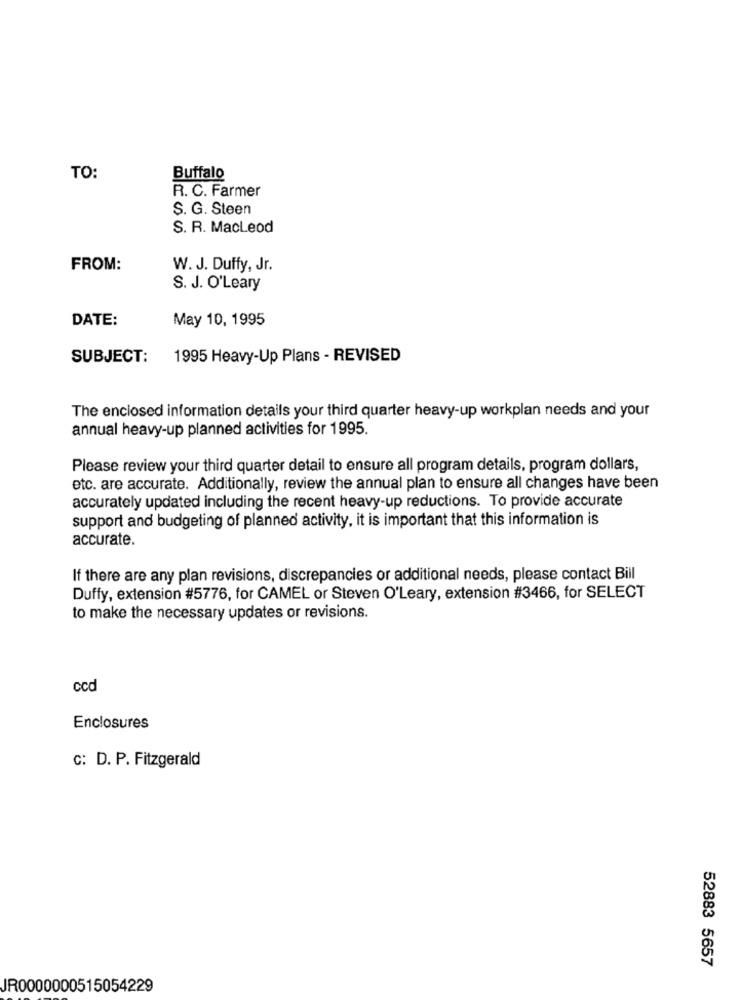
TO:
Buffalo
R. C. Farmer
S. G. Steen
S. R. Macleod
FROM:
W. J. Duffy, Jr.
S. J. O'Leary
DATE:
May 10, 1995
SUBJECT:
1995 Heavy-Up Plans - REVISED
The enclosed information details your third quarter heavy-up workplan needs and your
annual heavy-up planned activities for 1995.
Please review your third quarter detail to ensure all program details, program dollars,
etc. are accurate. Additionally, review the annual plan to ensure all changes have been
accurately updated including the recent heavy-up reductions. To provide accurate
support and budgeting of planned activity, it is important that this information is
accurate.
If there are any plan revisions, discrepancies or additional needs, please contact Bill
Duffy, extension #5776, for CAMEL or Steven O'Leary, extension #3466, for SELECT
to make the necessary updates or revisions.
ccd
Enclosures
C: D. P. Fitzgerald
52883 5657
JR0000000515054229